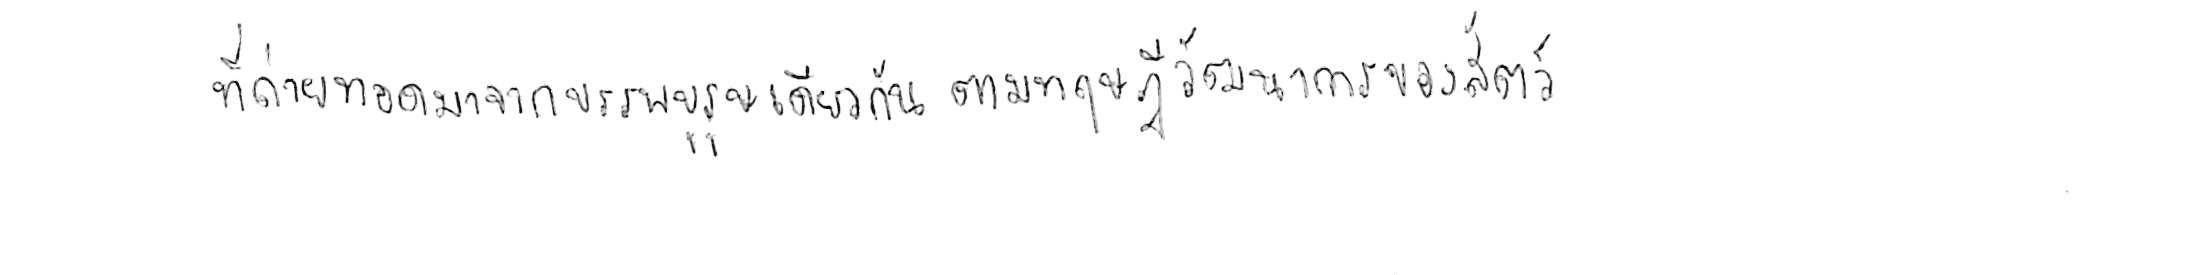
ที่ถ่ายทอดมาจากบรรพบุรุษเดียวกัน ตามทฤษฎีวิวัฒนาการของสัตว์